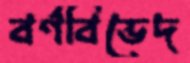
বর্ণবিভেদ